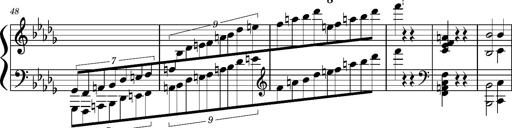
Title: Concerto sans orchestre, S.524a
Composer: Franz Liszt
Key: A major